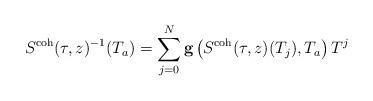
LaTeX: \begin{align*} S^\textnormal{coh}(\tau,z)^{-1}(T_a) = \sum_{j=0}^N \textbf{g} \left( S^\textnormal{coh}(\tau,z)(T_j), T_a \right) T^j \end{align*}